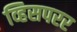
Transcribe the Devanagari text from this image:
व्हिसपरर